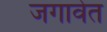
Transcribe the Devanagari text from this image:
जगावेत